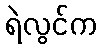
ရဲလွင်က